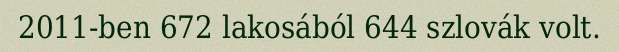
2011-ben 672 lakosából 644 szlovák volt.